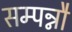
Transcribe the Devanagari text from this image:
सम्पन्नौ